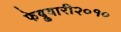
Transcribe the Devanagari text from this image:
फेब्रुवारी२०१०